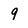
Character: 9